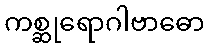
ကစ္ဆုရောဂါဗာဓော